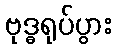
ဗုဒ္ဓရုပ်ပွား